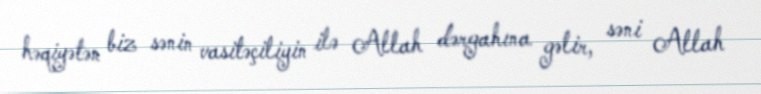
həqiyətən biz sənin vasitəçiliyin ilə Allah dərgahına gəlir, səni Allah